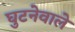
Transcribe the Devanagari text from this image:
घुटनेवाले